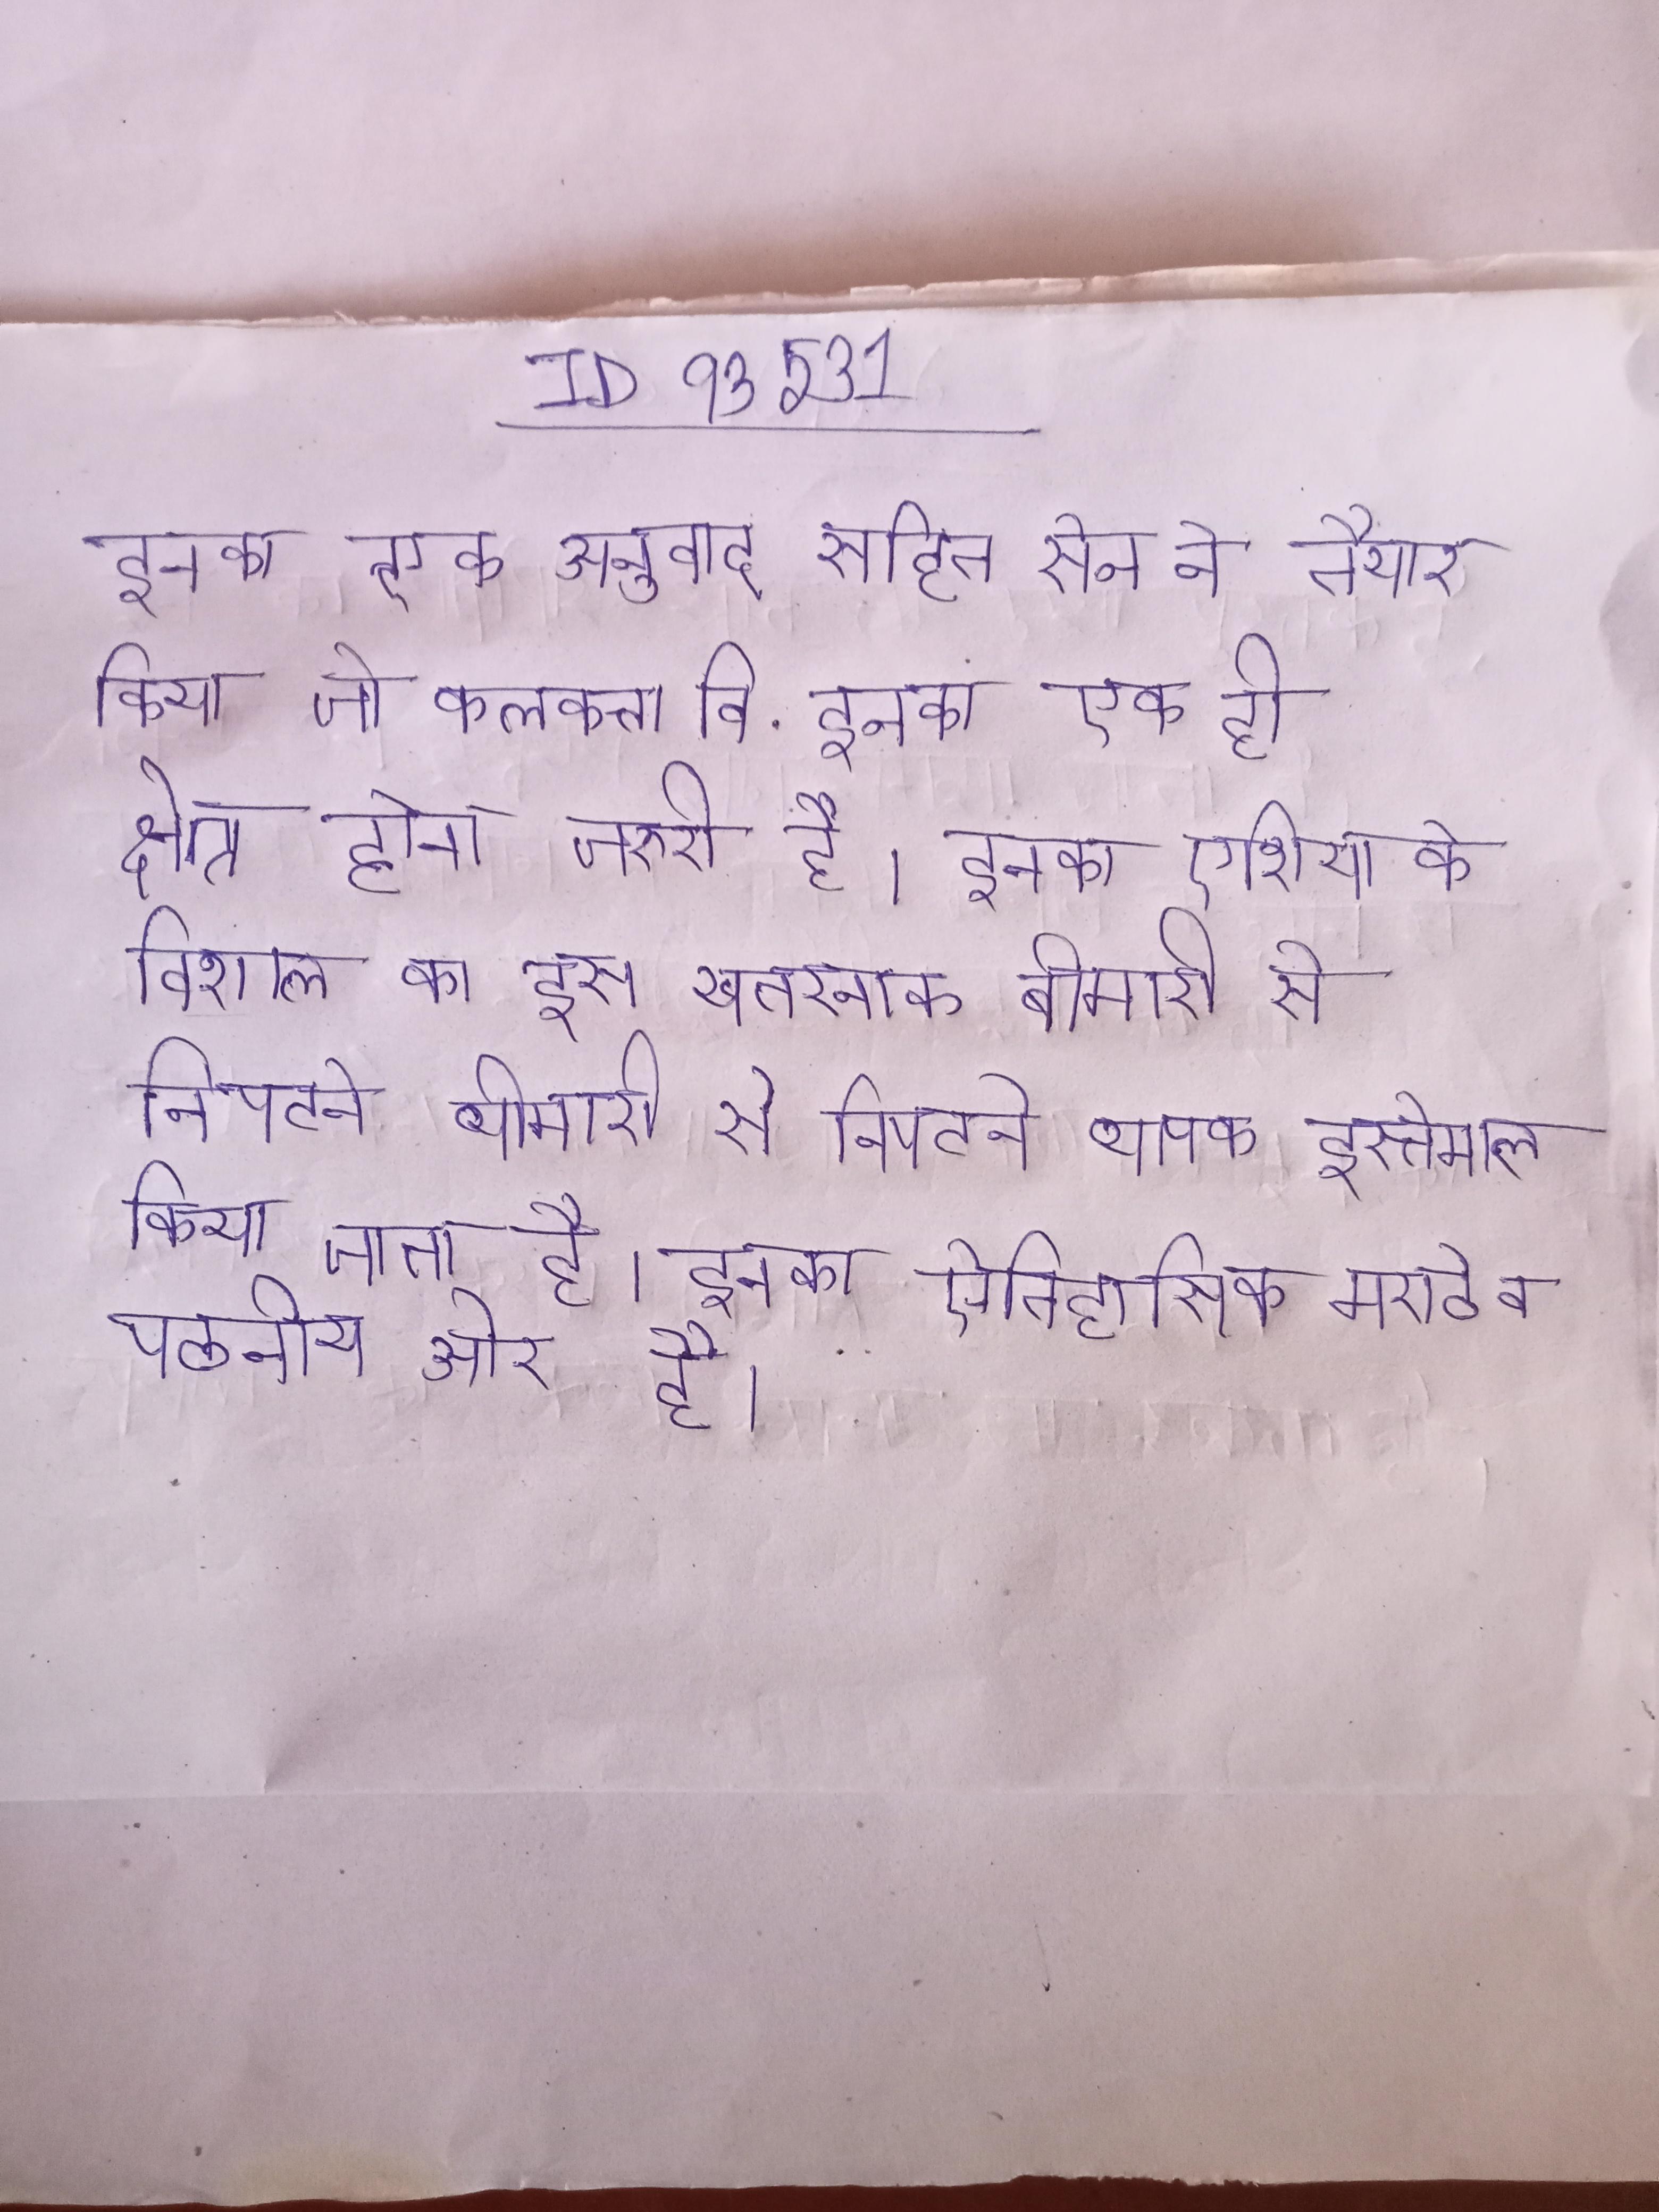
इनका एक अनुवाद सहित सेन ने तैयार किया जो कलकत्ता वि . इनका एक ही क्षेत्र होना जरुरी है । इनका एशिया के विशाल का इस खतरनाक बीमारी से निपटने व्यापक इस्तेमाल किया जाता है । इनका ऐतिहासिक मराठे व पठनीय और है ।